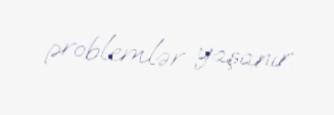
problemlər yaşanır.